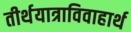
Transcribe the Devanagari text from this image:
तीर्थयात्राविवाहार्थ